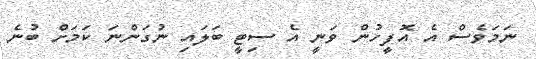
ނަމަވެސް އެ އޮފީހުން ވަނީ އެ ސިޓީ ބަލައި ނުގަންނަ ކަމަށް ބުނެ